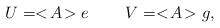
LaTeX: \begin{align*}U=<\!A\!>e \: \: \: \: \: \: \: \: \: \: V=<\!A\!>g,\end{align*}